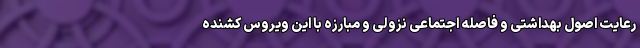
رعایت اصول بهداشتی و فاصله اجتماعی نزولی و مبارزه با این ویروس کشنده